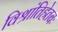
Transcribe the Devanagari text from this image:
विश्रांतिहेतबः